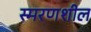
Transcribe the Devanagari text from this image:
स्मरणशील